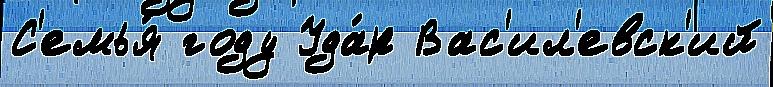
С'емья́ году Уда́р Вас'ил'евск'ий